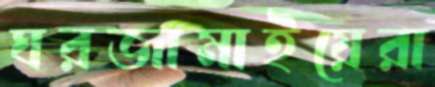
ঘরজামাইয়েরা